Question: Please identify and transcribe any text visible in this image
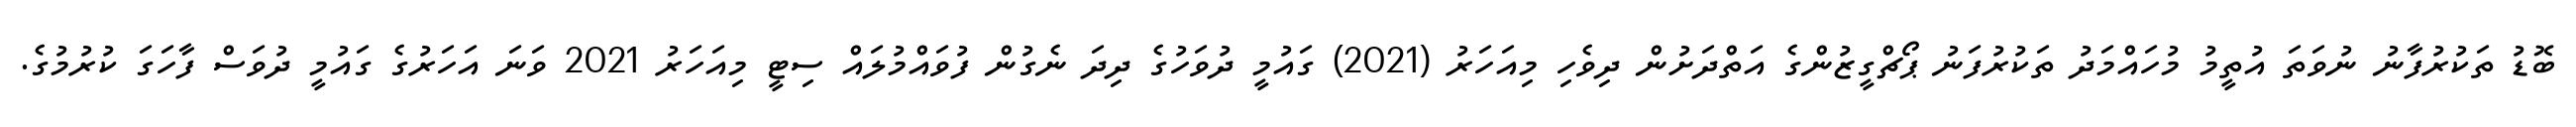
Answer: ބޮޑު ތަކުރުފާނު ނުވަތަ އުތީމު މުހައްމަދު ތަކުރުފަނު ޕޯޗްގީޒުންގެ އަތްދަށުން ދިވެހި މިއަހަރު (2021) ގައުމީ ދުވަހުގެ ދިދަ ނެގުން ފުވައްމުލައް ސިޓީ މިއަހަރު 2021 ވަނަ އަހަރުގެ ގައުމީ ދުވަސް ފާހަގަ ކުރުމުގެ.